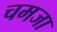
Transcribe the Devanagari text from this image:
चमजा